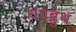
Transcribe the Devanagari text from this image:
यंगब्लुथ